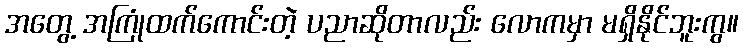
အတွေ့ အကြုံထက်ကောင်းတဲ့ ပညာဆိုတာလည်း လောကမှာ မရှိနိုင်ဘူးကွ။